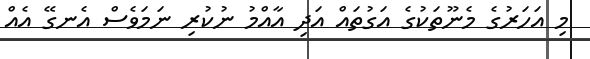
މި އަހަރުގެ މެނޫތަކުގެ އަގުތައް އަދި އާއްމު ނުކުރި ނަމަވެސް އެނގޭ އެއް